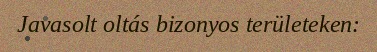
Javasolt oltás bizonyos területeken: